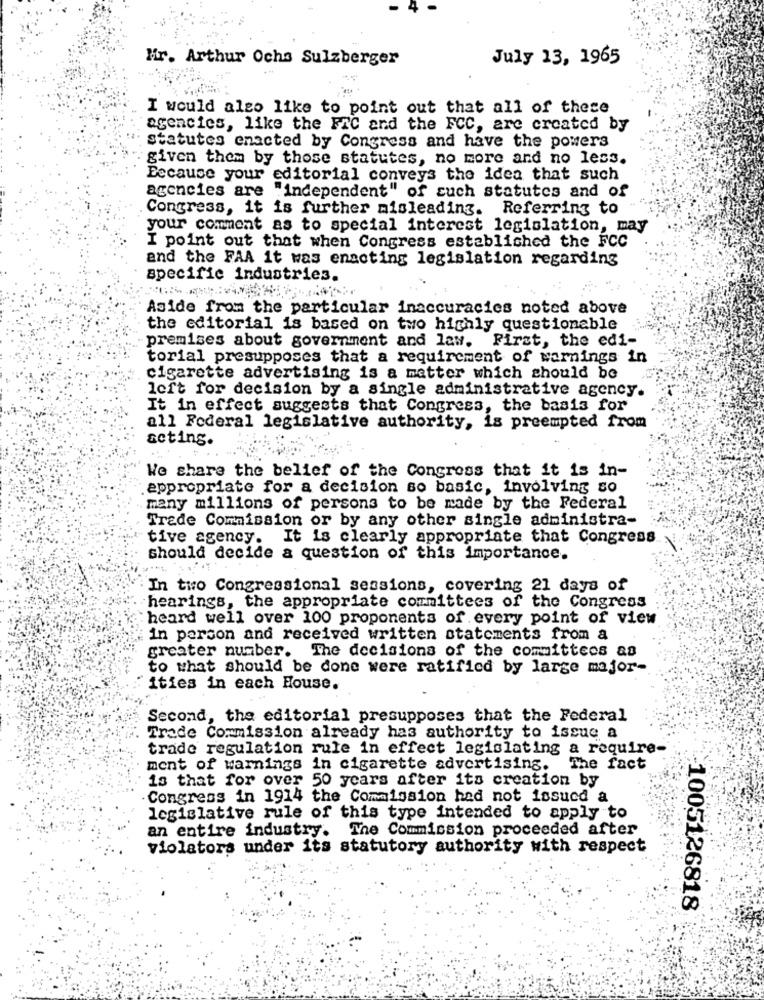
Mir. Arthur Ochs Sulzberger
July 13, 1965
I would also like to point out that all of these
agencies, like the FAC and the FCC, are created by
statutes enacted by Congress and have the powers
given them by those statutes, no more and no less.
Because your editorial conveys the idea that such
agencies are "independent" of such statutes and of
Congress, it is further misleading. Referring to
your comment as to special interest legislation, may
I point out that when Congress established the FCC
and the FAA it was enacting legislation regarding
specific industries.
Aside from the particular inaccuracies noted above
the editorial is based on two highly questionable
premises about government and law. First, the edi-
torial presupposes that a requirement of warnings in
cigarette advertising is a matter which should be
left for decision by a single administrative agency.
It in effect suggests that Congress, the basis for
all Federal legislative authority, is preempted from
acting.
We share the belief of the Congress that it is in-
appropriate for a decision so basic, involving so
many millions of persons to be made by the Federal
Trade Commission or by any other single administra-
tive agency. It is clearly appropriate that Congress
should decide a question of this importance.
...
In two Congressional sessions, covering 21 days of
hearings, the appropriate committees of the Congress
: heard well over 100 proponents of every point of view
in person and received written statements from a
greater number. The decisions of the committees as
to what should be done were ratified by large major-
ities in each House.
Second, the editorial presupposes that the Federal
Trade Commission already has authority to issue a
trade regulation rule in effect legislating a require-
ment of warnings in cigarette advertising. The fact
is that for over 50 years after its creation by
Congress in 1914 the Commission had not issued a
legislative rule of this type intended to apply to
an entire industry. The Commission proceeded after
violators under its statutory authority with respect
1005126818